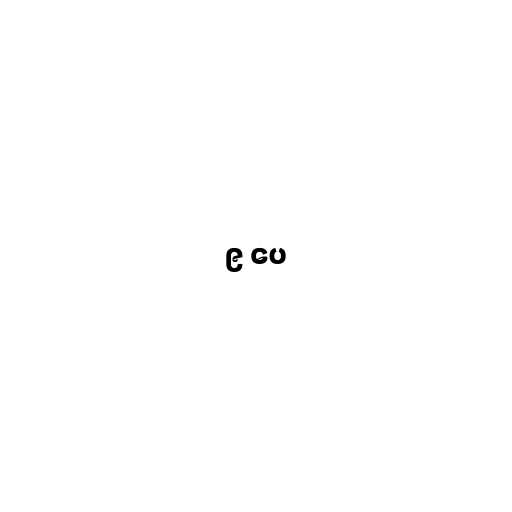
၉ ပေ